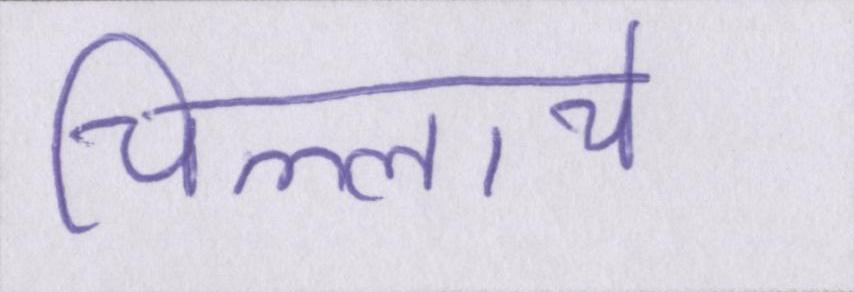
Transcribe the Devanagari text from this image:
चिल्लाये